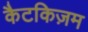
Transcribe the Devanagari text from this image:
कैटकिज़म